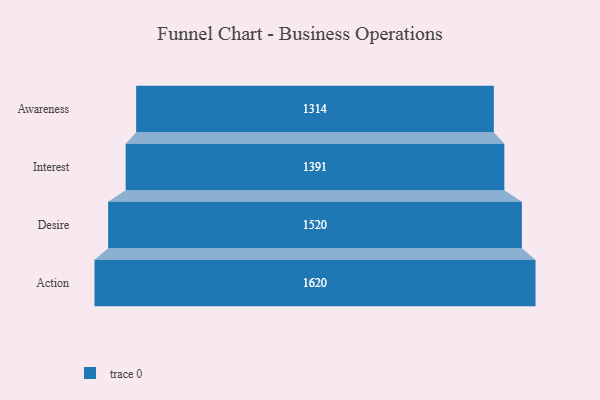
{"axis": {"x": "Stage", "y": "Value"}, "legend": [""], "data": [{"x": "Awareness", "y": 1314.0, "type": ""}, {"x": "Interest", "y": 1391.0, "type": ""}, {"x": "Desire", "y": 1520.0, "type": ""}, {"x": "Action", "y": 1620.0, "type": ""}]}